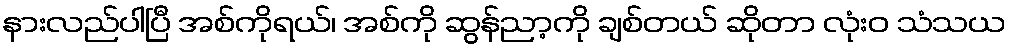
နားလည်ပါပြီ အစ်ကိုရယ်၊ အစ်ကို ဆွန်ညာ့ကို ချစ်တယ် ဆိုတာ လုံးဝ သံသယ